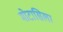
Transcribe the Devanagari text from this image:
मोटासिला